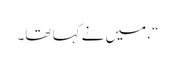
“، میں نے کہا تھا۔